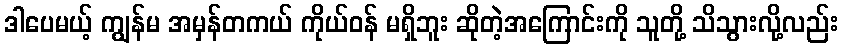
ဒါပေမယ့် ကျွန်မ အမှန်တကယ် ကိုယ်ဝန် မရှိဘူး ဆိုတဲ့အကြောင်းကို သူတို့ သိသွားလို့လည်း